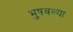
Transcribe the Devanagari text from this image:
भुषवल्या